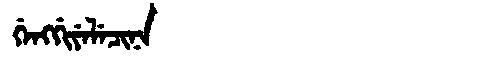
Manchu: ᡤᡝᠩᡤᡳᠶᡝᠯᡝᠴᡳᠨᠠ
Romanization: GENGGIYELECINA